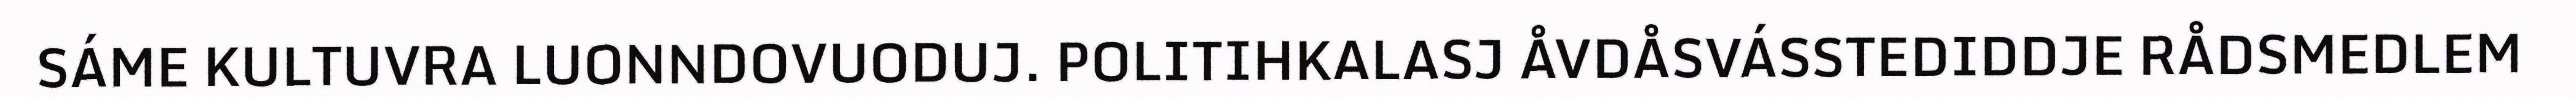
SÁME KULTUVRA LUONNDOVUODUJ. POLITIHKALASJ ÅVDÅSVÁSSTEDIDDJE RÅDSMEDLEM